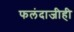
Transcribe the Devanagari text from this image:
फलंदाजीही